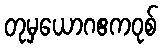
တုမှယောဂဧကဝုစ်